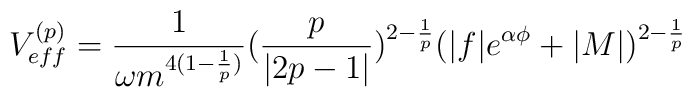
V^{(p)}_{eff}  = \frac{1}{\omega m^{4(1-\frac{1}{p})}}                 (\frac{p}{|2p-1|})^{2-\frac{1}{p}} (|f| e^{\alpha \phi} +|M|)^{2-\frac{1}{p}}